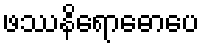
ဖဿနိရောဓောပေ